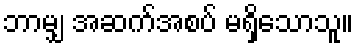
ဘာမျှ အဆက်အစပ် မရှိသောသူ။